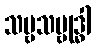
သဗ္ဗသမ္ဗုဒ္ဓါ